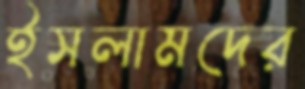
ইসলামদের